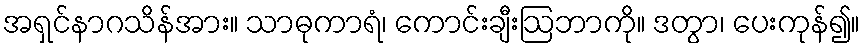
အရှင်နာဂသိန်အား။ သာဓုကာရံ၊ ကောင်းချီးဩဘာကို။ ဒတွာ၊ ပေးကုန်၍။